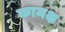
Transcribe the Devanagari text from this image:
कामक्ष